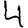
Digit: 4